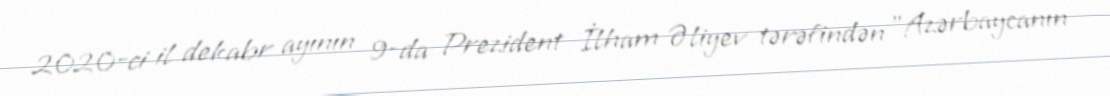
2020-ci il dekabr ayının 9-da Prezident İlham Əliyev tərəfindən "Azərbaycanın